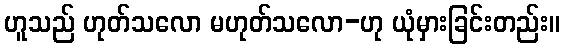
ဟူသည် ဟုတ်သလော မဟုတ်သလော-ဟု ယုံမှားခြင်းတည်း။